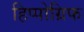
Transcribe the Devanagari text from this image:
हिप्पोग्रिफ